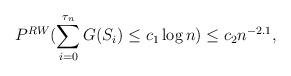
LaTeX: \begin{align*}P^{RW}(\sum_{i=0}^{\tau_n}G(S_i)\leq c_1 \log n)\leq c_2 n^{-2.1},\end{align*}